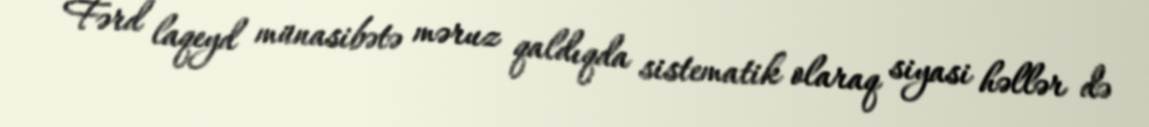
Fərd laqeyd münasibətə məruz qaldıqda sistematik olaraq siyasi həllər də